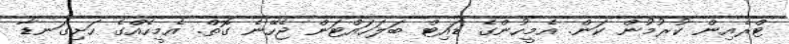
ޓްރެއިން ކުރުމުން ކަން. އެމީހުންގެ ޑައިޓް ބަލަހައްޓަން ޖެހޭނެ ގޮތް. އެމީހެއްގެ ހަށިގަނޑާ